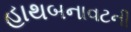
હાથબનાવટની